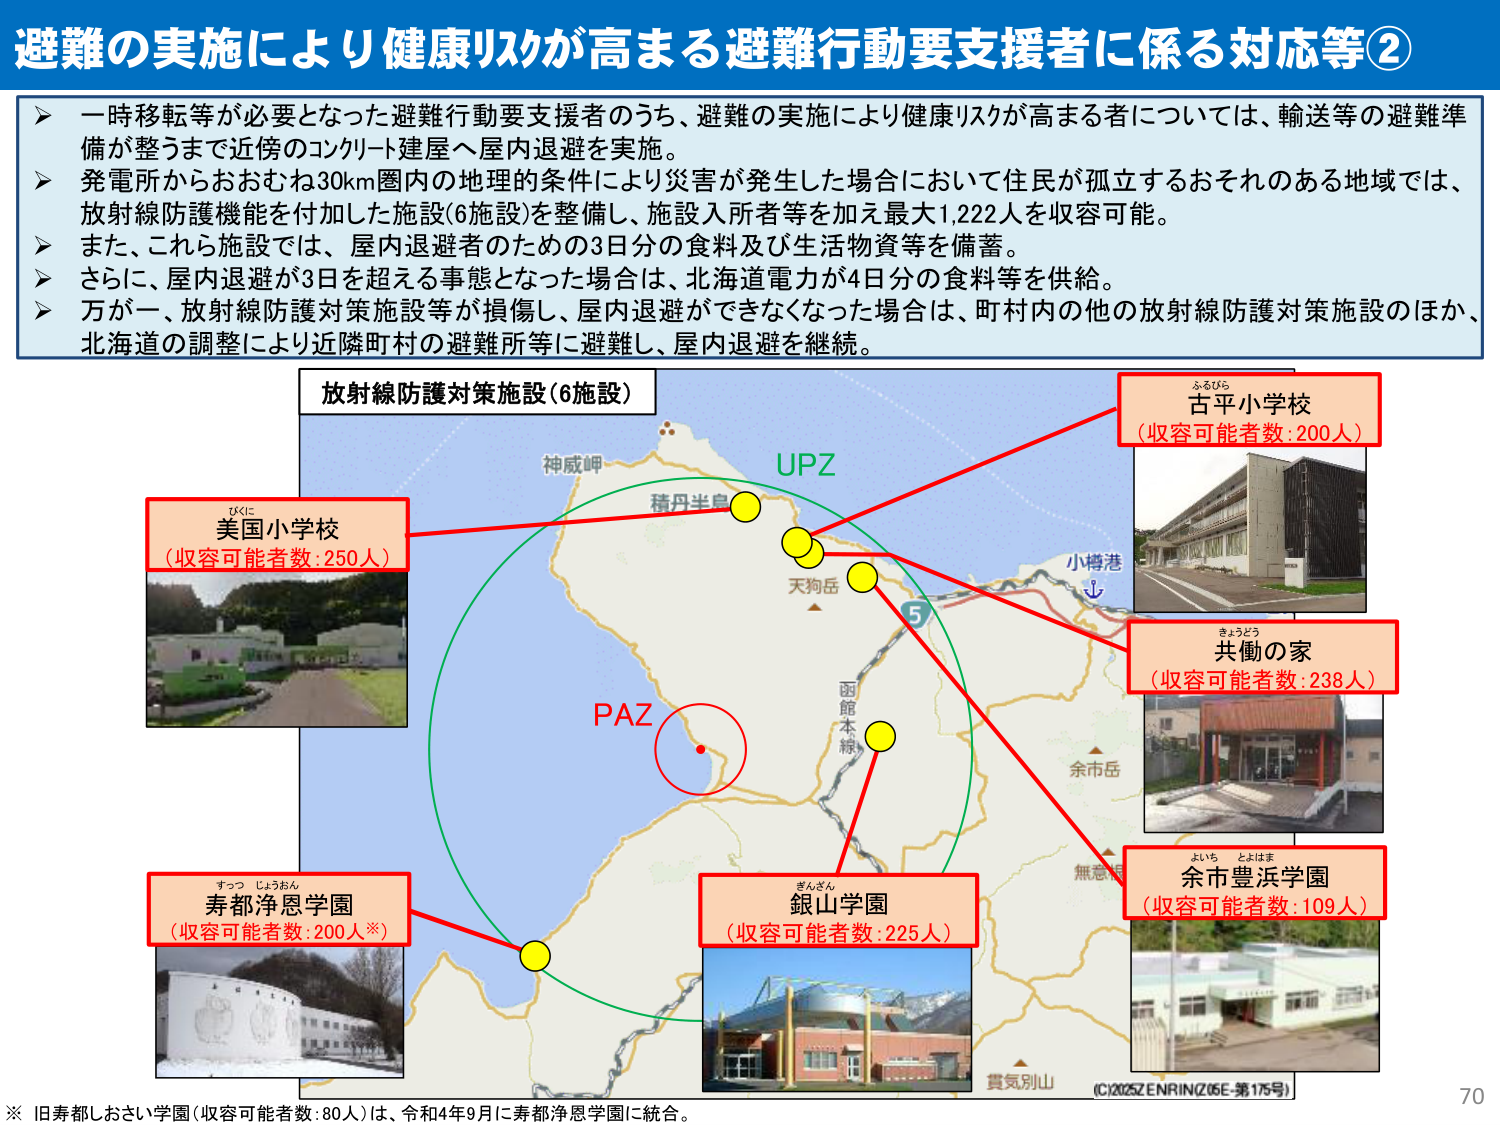
避難の実施により健康リスクが高まる避難行動要支援者に係る対応等②

一時移転等が必要となった避難行動要支援者のうち、避難の実施により健康リスクが高まる者については、輸送等の避難準備が整うまで近傍のコンクリート建屋へ屋内退避を実施。
発電所からおおむね30km圏内の地理的条件により災害が発生した場合において住民が孤立するおそれのある地域では、放射線防護機能を付加した施設(6施設)を整備し、施設入所者等を加え最大1,222人を収容可能。
また、これら施設では、屋内退避者のための3日分の食料及び生活物資等を備蓄。
さらに、屋内退避が3日を超える事態となった場合は、北海道電力が4日分の食料等を供給。
万が一、放射線防護対策施設等が損傷し、屋内退避ができなくなった場合は、町村内の他の放射線防護対策施設のほか、北海道の調整により近隣町村の避難所等に避難し、屋内退避を継続。

放射線防護対策施設(6施設)

アメリカ小学校
（収容可能者数：250人）

古平小学校
（収容可能者数：200人）

共働の家
（収容可能者数：238人）

寿都浄恩学園
（収容可能者数：200人※）

銀山学園
（収容可能者数：225人）

余市豊浜学園
（収容可能者数：109人）

※ 旧寿都しおさい学園（収容可能者数：80人）は、令和4年9月に寿都浄恩学園に統合。

UPZ
PAZ
神威岬
積丹半島
天狗岳
函館本線
小樽港
余市岳
無意嶺
貴気別山

(C)2025ZENRIN(Z05E-第175号)

70